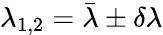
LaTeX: \lambda_{1,2}=\bar{\lambda}\pm\delta\lambda